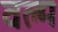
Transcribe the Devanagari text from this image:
वल्म